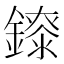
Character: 𨭁